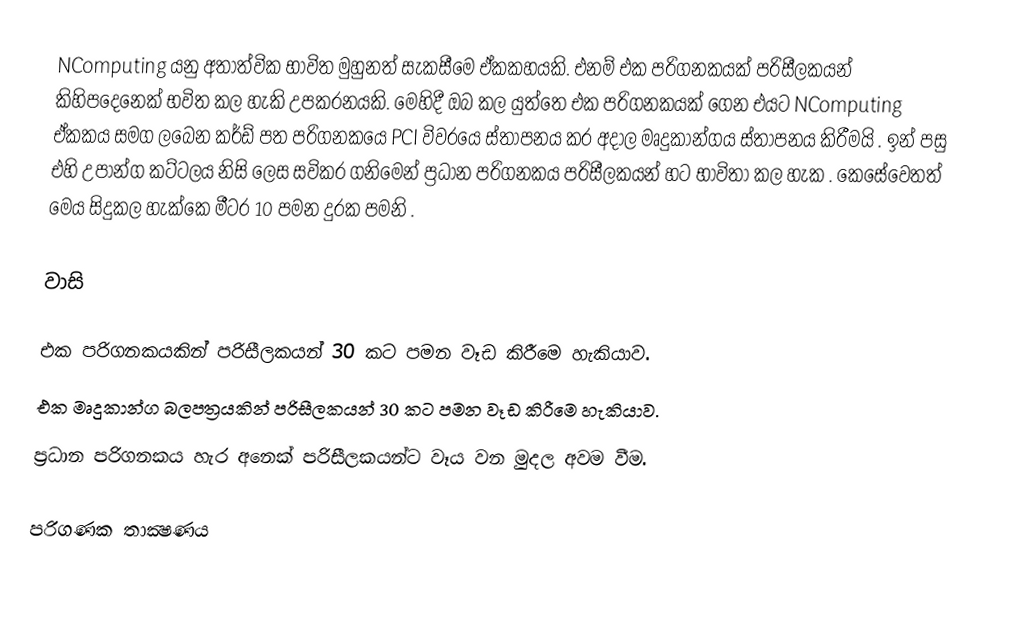
NComputing යනු අතාත්වික භාවිත මුහුනත් සැකසීමෙ ඒකකහයකි. එනම් එක පරිගනකයක් පරිසීලකයන් කිහිපදෙනෙක් භවිත කල හැකි උපකරනයකි. මෙහිදී ඔබ කල යුත්තෙ එක පරිගනකයක් ගෙන එයට NComputing ඒකකය සමග ලබෙන කර්ඩ් පත පරිගනකයෙ PCI විවරයෙ ස්තාපනය කර අදාල මෘදුකාන්ගය ස්තාපනය කිරීමයි . ඉන් පසු එහි උපාන්ග කට්ටලය නිසි ලෙස සවිකර ගනිමෙන් ප්‍රධාන පරිගනකය පරිසීලකයන් හට භාවිතා කල හැක . කෙසේවෙතත් මෙය සිදුකල හැක්කෙ මීටර 10 පමන දුරක පමනි .

වාසි

එක පරිගනකයකින් පරිසීලකයන් 30 කට පමන වෑඩ කිරීමෙ හැකියාව.
එක මෘදුකාන්ග බලපත්‍රයකින් පරිසීලකයන් 30 කට පමන වෑඩ කිරීමෙ හැකියාව.
ප්‍රධාන පරිගනකය හැර අනෙක්  පරිසීලකයන්ට වෑය වන මුදල අවම වීම.

පරිගණක තාක්‍ෂණය